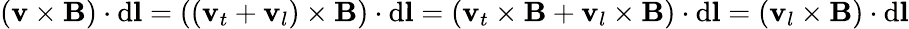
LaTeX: (\mathbf{v}\times\mathbf{B})\cdot\mathrm{d}\mathbf{l}=((\mathbf{v}_{t}+\mathbf{v}_{l})\times\mathbf{B})\cdot\mathrm{d}\mathbf{l}=(\mathbf{v}_{t}\times\mathbf{B}+\mathbf{v}_{l}\times\mathbf{B})\cdot\mathrm{d}\mathbf{l}=(\mathbf{v}_{l}\times\mathbf{B})\cdot\mathrm{d}\mathbf{l}